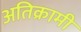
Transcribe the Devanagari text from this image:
अतिक्रामी